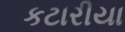
કટારીયા